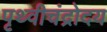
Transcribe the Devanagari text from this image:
पृथ्वीचंद्रोदय